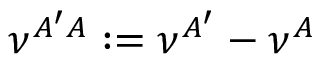
\nu ^ { A ^ { \prime } A } : = \nu ^ { A ^ { \prime } } - \nu ^ { A }